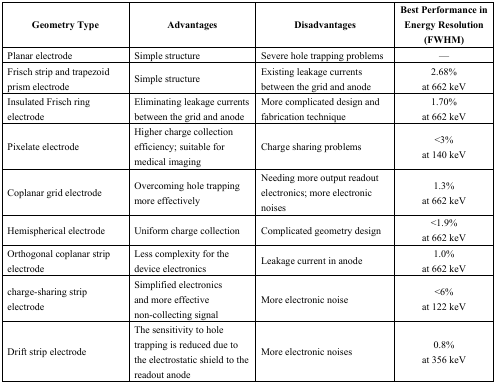
<table><thead><tr><td><b>Geometry Type</b></td><td><b>Advantages</b></td><td><b>Disadvantages</b></td><td><b>Best Performance in Energy Resolution (FWHM)</b></td></tr></thead><tbody><tr><td>Planar electrode</td><td>Simple structure</td><td>Severe hole trapping problems</td><td>—</td></tr><tr><td>Frisch strip and trapezoid prism electrode</td><td>Simple structure</td><td>Existing leakage currents between the grid and anode</td><td>2.68%at 662 keV</td></tr><tr><td>Insulated Frisch ring electrode</td><td>Eliminating leakage currents between the grid and anode</td><td>More complicated design and fabrication technique</td><td>1.70%at 662 keV</td></tr><tr><td>Pixelate electrode</td><td>Higher charge collection efficiency; suitable for medical imaging</td><td>Charge sharing problems</td><td>&lt;3%at 140 keV</td></tr><tr><td>Coplanar grid electrode</td><td>Overcoming hole trapping more effectively</td><td>Needing more output readout electronics; more electronic noises</td><td>1.3%at 662 keV</td></tr><tr><td>Hemispherical electrode</td><td>Uniform charge collection</td><td>Complicated geometry design</td><td>&lt;1.9%at 662 keV</td></tr><tr><td>Orthogonal coplanar strip electrode</td><td>Less complexity for the device electronics</td><td>Leakage current in anode</td><td>1.0%at 662 keV</td></tr><tr><td>charge-sharing strip electrode</td><td>Simplified electronics and more effective non-collecting signal</td><td>More electronic noise</td><td>&lt;6%at 122 keV</td></tr><tr><td>Drift strip electrode</td><td>The sensitivity to hole trapping is reduced due to the electrostatic shield to the readout anode</td><td>More electronic noises</td><td>0.8%at 356 keV</td></tr></tbody></table>